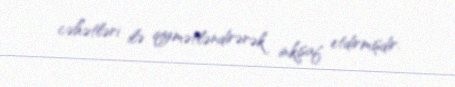
cəhətləri ilə qiymətləndirərək inkişaf etdirmişdir.